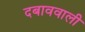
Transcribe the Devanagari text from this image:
दबाववाली